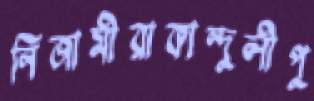
নিজামীরাকান্দুলীপু